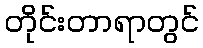
တိုင်းတာရာတွင်